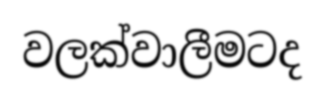
වලක්වාලීමටද